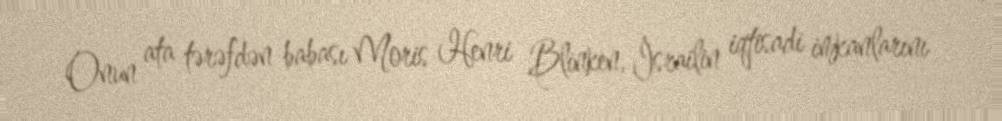
Onun ata tərəfdən babası Moris Henri Blinken, İsrailin iqtisadi imkanlarını